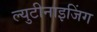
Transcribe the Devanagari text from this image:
ल्युटीनाइजिंग